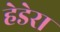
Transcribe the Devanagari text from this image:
हेडेरा